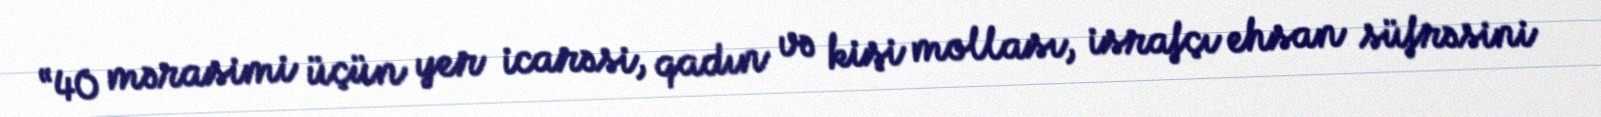
“40 mərasimi üçün yer icarəsi, qadın və kişi mollası, israfçı ehsan süfrəsini